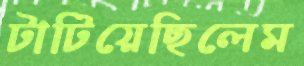
টাটিয়েছিলেম